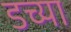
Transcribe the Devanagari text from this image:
डच्या